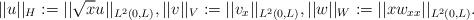
LaTeX: \begin{align*}||u||_H : = ||\sqrt{x} u||_{L^2(0,L)},||v||_V := ||v_x||_{L^2(0,L)}, ||w||_W := ||xw_{xx}||_{L^2(0,L)}. \end{align*}